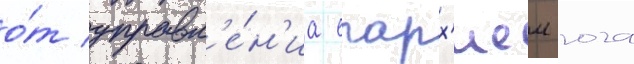
о́т управл'е́н'иа епарх'иеи юга